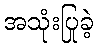
အသုံးပြုခဲ့